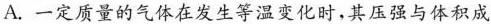
A.一定质量的气体在发生等温变化时，其压强与体积成